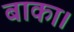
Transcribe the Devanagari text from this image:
बाका।